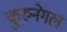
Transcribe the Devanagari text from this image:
कुरुनेगल